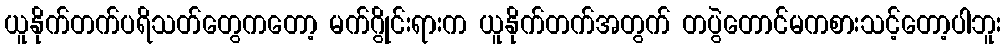
ယူနိုက်တက်ပရိသတ်တွေကတော့ မက်ဂွိုင်းရားက ယူနိုက်တက်အတွက် တပွဲတောင်မကစားသင့်တော့ပါဘူး